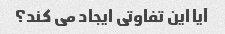
آیا این تفاوتی ایجاد می کند؟